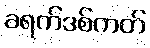
ခရက်ဒစ်ကတ်